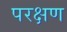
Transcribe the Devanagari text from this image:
परक्षण